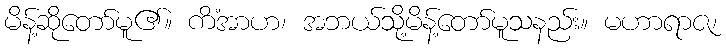
မိန့်ဆိုတော်မူ၏။ ကိံအာဟ၊ အဘယ်သို့မိန့်တော်မူသနည်း။ မဟာရာဇ၊